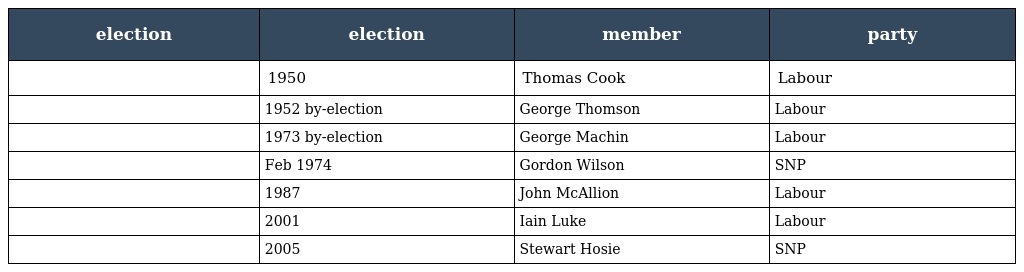
| election | election | member | party |
 | --- | --- | --- | --- |
 |  | 1950 | Thomas Cook | Labour |
 |  | 1952 by-election | George Thomson | Labour |
 |  | 1973 by-election | George Machin | Labour |
 |  | Feb 1974 | Gordon Wilson | SNP |
 |  | 1987 | John McAllion | Labour |
 |  | 2001 | Iain Luke | Labour |
 |  | 2005 | Stewart Hosie | SNP |